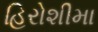
હિરોશીમા